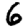
Digit: 6